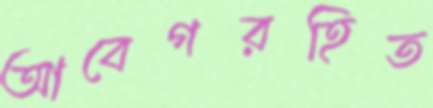
আবেগরহিত